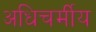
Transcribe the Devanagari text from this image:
अधिचर्मीय